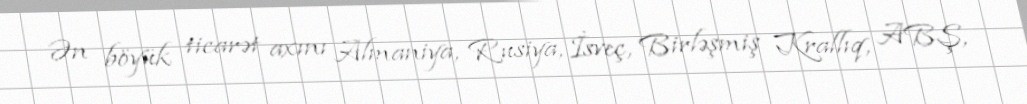
Ən böyük ticarət axını Almaniya, Rusiya, İsveç, Birləşmiş Krallıq, ABŞ,